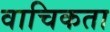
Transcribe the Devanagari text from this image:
वाचिकता